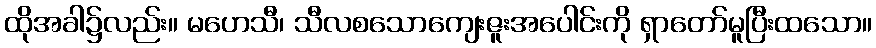
ထိုအခါ၌လည်း။ မဟေသီ၊ သီလစသောကျေးဇူးအပေါင်းကို ရှာတော်မူပြီးထသော။